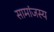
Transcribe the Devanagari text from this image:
सामांजस्य